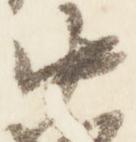
中